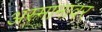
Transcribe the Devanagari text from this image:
अस्मानावर